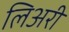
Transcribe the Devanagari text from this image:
लिअरी